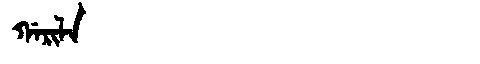
Manchu: ᡤᠠᡵᡳᠯᠠ
Romanization: GARILA